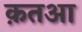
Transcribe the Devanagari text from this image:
क़तआ